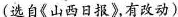
(选自《山西日报》，有改动)